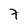
Character: 7